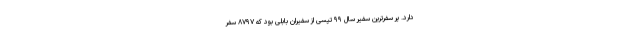
دارد. پر سفرترین سفیر سال ۹۹ تپسی از سفیران بابلی بود که ۸۷۹۷ سفر